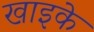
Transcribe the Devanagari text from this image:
खाइके